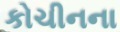
કોચીનના